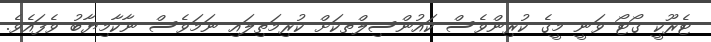
ޓެރޫކީ ގޯޓޯ ވަނީ މީގެ ކުރިންވެސް ކައުންސިލްތކަށް ކުރިމަތިލައި ނަމަވެސް ނާކާމިޔާބު ވެފައެވެ.